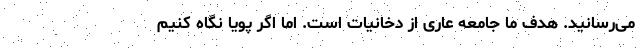
می‌رسانید. هدف ما جامعه عاری از دخانیات است. اما اگر پویا نگاه کنیم